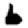
Digit: 6